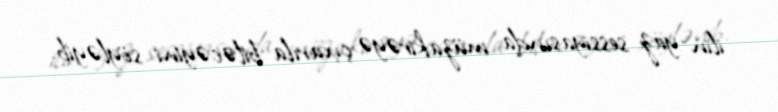
ilin yaz sessiyasında müzakirəyə çıxarıla biləcəyini söyləyib.